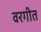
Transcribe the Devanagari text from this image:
वरगीत